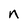
Character: n